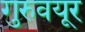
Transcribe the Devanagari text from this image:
गुरुवयूर